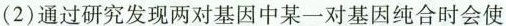
(2)通过研究发现两对基因中某一对基因纯合时会使